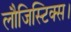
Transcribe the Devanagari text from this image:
लौजिस्टिक्स।